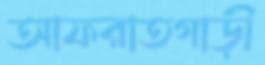
আফরাতগাড়ী